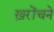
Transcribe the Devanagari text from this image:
ख़रोंचने